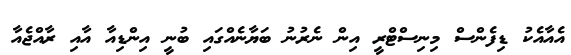
އެއާއެކު ޑިފެންސް މިނިސްޓްރީ އިން ނެރުނު ބަޔާނެއްގައި ބުނީ އިންޑިއާ އާއި ރާއްޖެއާ